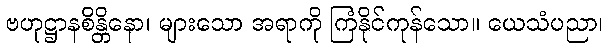
ဗဟုဋ္ဌာနစိန္တိနော၊ များသော အရာကို ကြံနိုင်ကုန်သော။ ယေသံပညာ၊